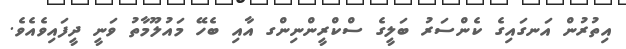
އިތުރުން އަނގައިގެ ކެންސަރު ބަލީގެ ސްކްރީންނިންގ އާއި ބެހޭ މައުލޫމާތު ވަނީ ދީފައިވެއެވެ.